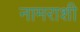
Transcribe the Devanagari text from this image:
नामराशी